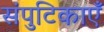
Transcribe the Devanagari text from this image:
संपुटिकाएँ